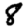
Digit: 8